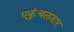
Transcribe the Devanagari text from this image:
एकुंचलवार